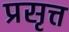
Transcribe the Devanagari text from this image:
प्रसृत्त